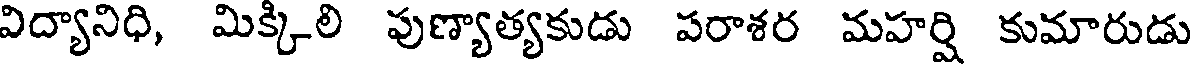
విద్యానిధి, మిక్కిలి పుణ్యాత్యకుడు పరాశర మహర్షి కుమారుడు